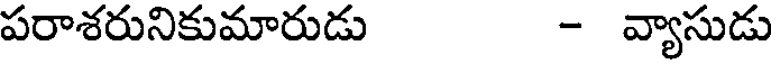
పరాశరునికుమారుడు - వ్యాసుడు